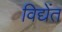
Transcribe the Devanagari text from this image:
विद्येंत